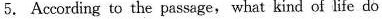
5. According to the passage, what kind of life do